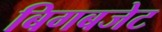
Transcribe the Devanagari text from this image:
बिगबजेट